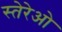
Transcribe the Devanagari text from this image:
स्तेरेओ